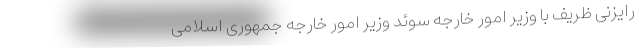
رایزنی ظریف با وزیر امور خارجه سوئد وزیر امور خارجه جمهوری اسلامی